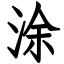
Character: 涂